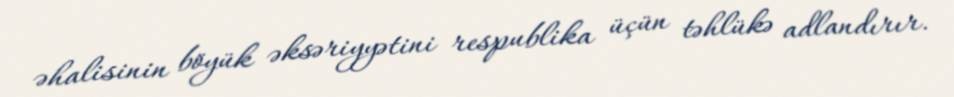
əhalisinin böyük əksəriyyətini respublika üçün təhlükə adlandırır.